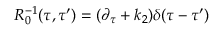
R _ { 0 } ^ { - 1 } ( \tau , \tau ^ { \prime } ) = ( \partial _ { \tau } + k _ { 2 } ) \delta ( \tau - \tau ^ { \prime } )